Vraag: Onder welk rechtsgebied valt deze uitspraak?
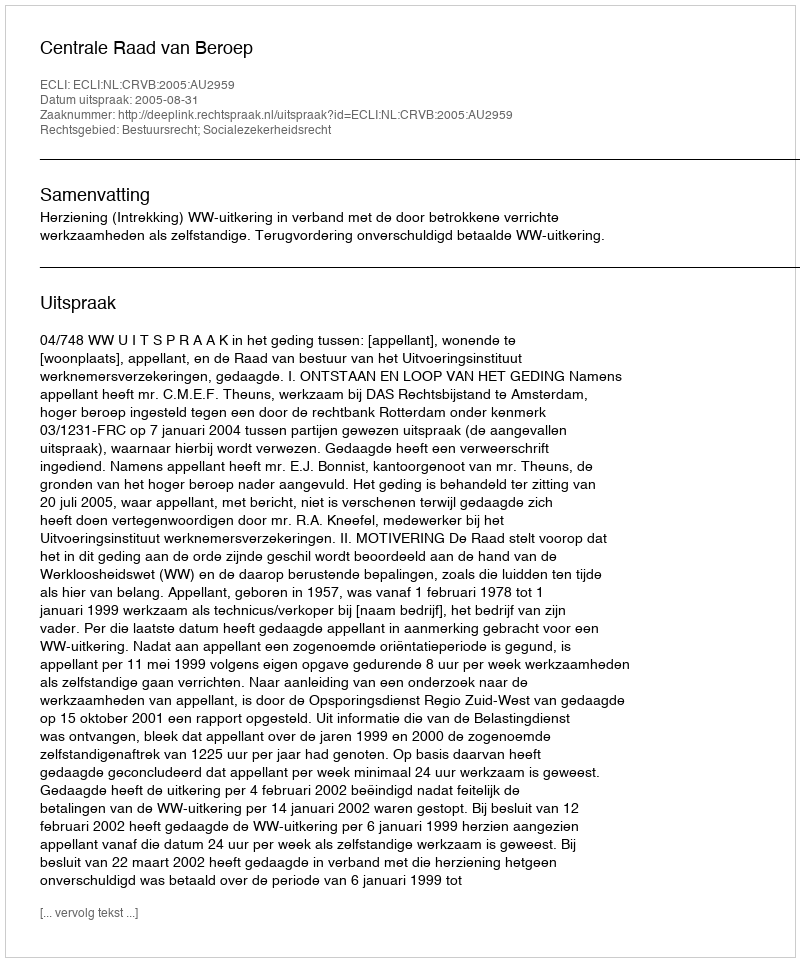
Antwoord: Bestuursrecht; Socialezekerheidsrecht